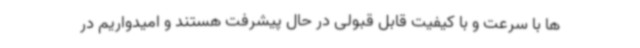
ها با سرعت و با کیفیت قابل قبولی در حال پیشرفت هستند و امیدواریم در